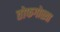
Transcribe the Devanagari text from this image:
तोफगोळ्या